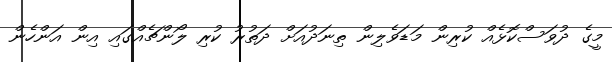
މީގެ ދުވަސްކޮޅެއް ކުރިން މަޑަވެލިން ތިނަދުއަށް ދަތުރު ކުރި ލޯންޗެއްގައި އިން އަންހެން